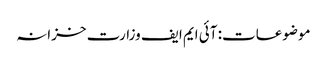
موضوعات: آئی ایم ایف وزارت خزانہ